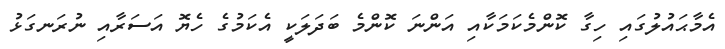
އެމާޙައުލުގައި ހިގާ ކޮންމެކަމަކާއި އަންނަ ކޮންމެ ބަދަލަކީ އެކަމުގެ ހެޔޮ އަސަރާއި ނުރަނގަޅު